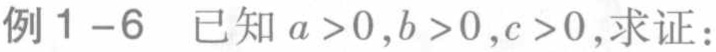
例1-6 已知 \(a > 0,b > 0,c > 0\),求证：